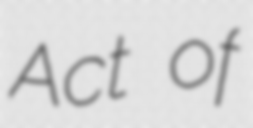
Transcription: Act of